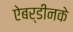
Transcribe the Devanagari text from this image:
ऐबर्डीनके